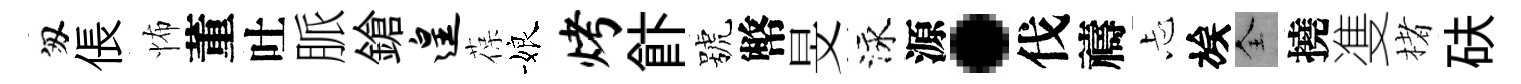
匆倀怖董吐脈鎗遑葆娘烤飰號幣旻泳源·伐禱忐族全撓㕠楮砆